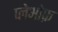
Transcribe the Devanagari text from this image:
प्लेओफ़